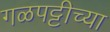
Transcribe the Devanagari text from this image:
गळपट्टीच्या